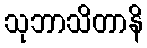
သုဘာသိတာနိ